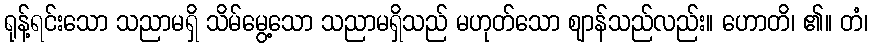
ရုန့်ရင်းသော သညာမရှိ သိမ်မွေ့သော သညာမရှိသည် မဟုတ်သော ဈာန်သည်လည်း။ ဟောတိ၊ ၏။ တံ၊